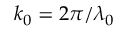
k _ { 0 } = 2 \pi / \lambda _ { 0 }